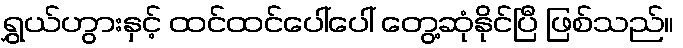
ရွှယ်ဟွားနှင့် ထင်ထင်ပေါ်ပေါ် တွေ့ဆုံနိုင်ပြီ ဖြစ်သည်။